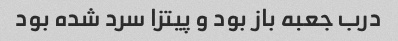
درب جعبه باز بود و پیتزا سرد شده بود